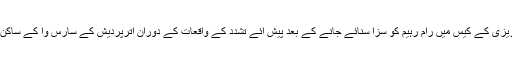
اگست 25کے روز عصمت ریزی کے کیس میں رام رہیم کو سزا سنائے جانے کے بعد پیش ائے تشدد کے واقعات کے دوران اترپردیش کے سارس وا کے ساکن رویندر کو گرفتار کیاگیا تھا۔